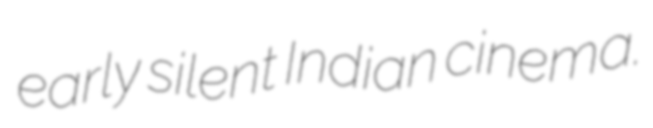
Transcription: early silent Indian cinema.